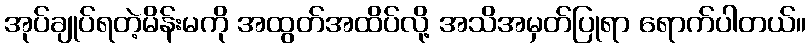
အုပ်ချုပ်ရတဲ့မိန်းမကို အထွတ်အထိပ်လို့ အသိအမှတ်ပြုရာ ရောက်ပါတယ်။